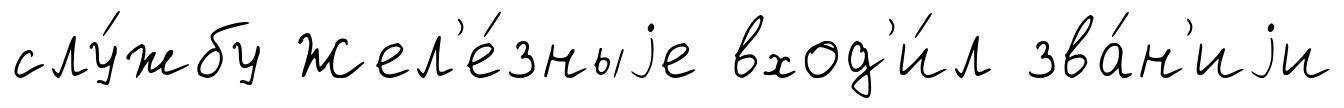
слу́жбу Жел'е́зныjе вход'и́л зва́н'иjи